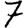
Digit: 7